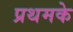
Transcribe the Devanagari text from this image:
प्रथमके